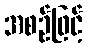
အစဉ်ဖြင့်